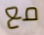
مع